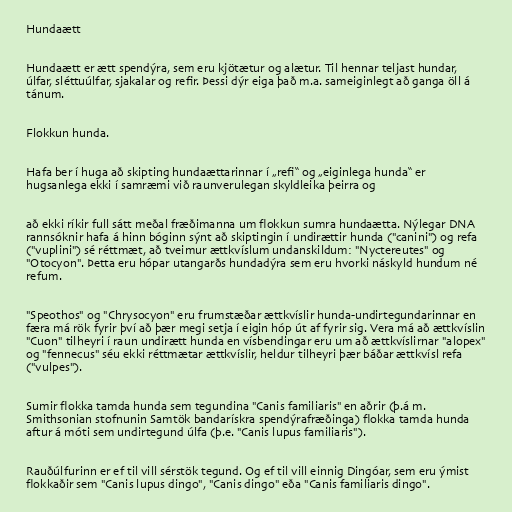
Hundaætt

Hundaætt er ætt spendýra, sem eru kjötætur og alætur. Til hennar teljast hundar,
úlfar, sléttuúlfar, sjakalar og refir. Þessi dýr eiga það m.a. sameiginlegt að ganga öll á
tánum.

Flokkun hunda.

Hafa ber í huga að skipting hundaættarinnar í „refi“ og „eiginlega hunda“ er
hugsanlega ekki í samræmi við raunverulegan skyldleika þeirra og

að ekki ríkir full sátt meðal fræðimanna um flokkun sumra hundaætta. Nýlegar DNA
rannsóknir hafa á hinn bóginn sýnt að skiptingin í undirættir hunda ("canini") og refa
("vuplini") sé réttmæt, að tveimur ættkvíslum undanskildum: "Nyctereutes" og
"Otocyon". Þetta eru hópar utangarðs hundadýra sem eru hvorki náskyld hundum né
refum.

"Speothos" og "Chrysocyon" eru frumstæðar ættkvíslir hunda-undirtegundarinnar en
færa má rök fyrir því að þær megi setja í eigin hóp út af fyrir sig. Vera má að ættkvíslin
"Cuon" tilheyri í raun undirætt hunda en vísbendingar eru um að ættkvíslirnar "alopex"
og "fennecus" séu ekki réttmætar ættkvíslir, heldur tilheyri þær báðar ættkvísl refa
("vulpes").

Sumir flokka tamda hunda sem tegundina "Canis familiaris" en aðrir (þ.á m.
Smithsonian stofnunin Samtök bandarískra spendýrafræðinga) flokka tamda hunda
aftur á móti sem undirtegund úlfa (þ.e. "Canis lupus familiaris").

Rauðúlfurinn er ef til vill sérstök tegund. Og ef til vill einnig Dingóar, sem eru ýmist
flokkaðir sem "Canis lupus dingo", "Canis dingo" eða "Canis familiaris dingo".